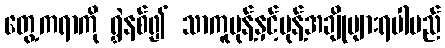
တွေ့ကရာကို ရွှဲနစ်၍ သာကူမုန့်နှင့်မုန့်အချိုများရပါမည်